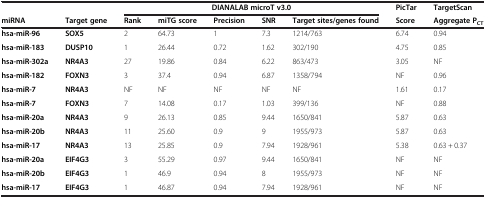
<table><thead><tr><td><b> </b></td><td><b> </b></td><td colspan="5"><b>DIANALAB microT v3.0</b></td><td><b>PicTar</b></td><td><b>TargetScan</b></td></tr></thead><tbody><tr><td><b>miRNA</b></td><td><b>Target gene</b></td><td><b>Rank</b></td><td><b>miTG score</b></td><td><b>Precision</b></td><td><b>SNR</b></td><td><b>Target sites/genes found</b></td><td><b>Score</b></td><td><b>Aggregate P</b><sub><b>CT</b></sub></td></tr><tr><td><b>hsa-miR-96</b></td><td><b>SOX5</b></td><td>2</td><td>64.73</td><td>1</td><td>7.3</td><td>1214/763</td><td>6.74</td><td>0.94</td></tr><tr><td><b>hsa-miR-183</b></td><td><b>DUSP10</b></td><td>1</td><td>26.44</td><td>0.72</td><td>1.62</td><td>302/190</td><td>4.75</td><td>0.85</td></tr><tr><td><b>hsa-miR-302a</b></td><td><b>NR4A3</b></td><td>27</td><td>19.86</td><td>0.84</td><td>6.22</td><td>863/473</td><td>3.05</td><td>NF</td></tr><tr><td><b>hsa-miR-182</b></td><td><b>FOXN3</b></td><td>3</td><td>37.4</td><td>0.94</td><td>6.87</td><td>1358/794</td><td>NF</td><td>0.96</td></tr><tr><td><b>hsa-miR-7</b></td><td><b>NR4A3</b></td><td>NF</td><td>NF</td><td>NF</td><td>NF</td><td>NF</td><td>1.61</td><td>0.17</td></tr><tr><td><b>hsa-miR-7</b></td><td><b>FOXN3</b></td><td>7</td><td>14.08</td><td>0.17</td><td>1.03</td><td>399/136</td><td>NF</td><td>0.88</td></tr><tr><td><b>hsa-miR-20a</b></td><td><b>NR4A3</b></td><td>9</td><td>26.13</td><td>0.85</td><td>9.44</td><td>1650/841</td><td>5.87</td><td>0.63</td></tr><tr><td><b>hsa-miR-20b</b></td><td><b>NR4A3</b></td><td>11</td><td>25.60</td><td>0.9</td><td>9</td><td>1955/973</td><td>5.87</td><td>0.63</td></tr><tr><td><b>hsa-miR-17</b></td><td><b>NR4A3</b></td><td>13</td><td>25.85</td><td>0.9</td><td>7.94</td><td>1928/961</td><td>5.38</td><td>0.63 + 0.37</td></tr><tr><td><b>hsa-miR-20a</b></td><td><b>EIF4G3</b></td><td>3</td><td>55.29</td><td>0.97</td><td>9.44</td><td>1650/841</td><td>NF</td><td>NF</td></tr><tr><td><b>hsa-miR-20b</b></td><td><b>EIF4G3</b></td><td>1</td><td>46.9</td><td>0.94</td><td>8</td><td>1955/973</td><td>NF</td><td>NF</td></tr><tr><td><b>hsa-miR-17</b></td><td><b>EIF4G3</b></td><td>1</td><td>46.87</td><td>0.94</td><td>7.94</td><td>1928/961</td><td>NF</td><td>NF</td></tr></tbody></table>